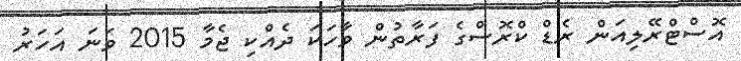
އޮސްޓްރޭލިއަން ރެޑް ކްރޮސްގެ ފަރާތުން ވާހަކަ ދެއްކި ޖެމާ 2015 ވަނަ އަހަރު